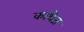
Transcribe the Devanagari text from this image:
काथेज